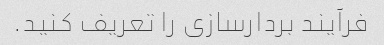
فرآیند بردارسازی را تعریف کنید.